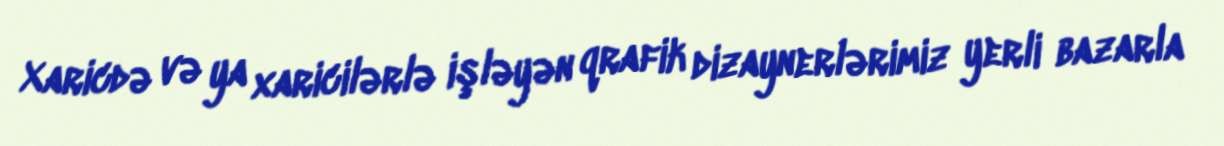
Xaricdə və ya xaricilərlə işləyən qrafik dizaynerlərimiz yerli bazarla